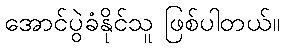
အောင်ပွဲခံနိုင်သူ ဖြစ်ပါတယ်။